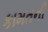
કામતની